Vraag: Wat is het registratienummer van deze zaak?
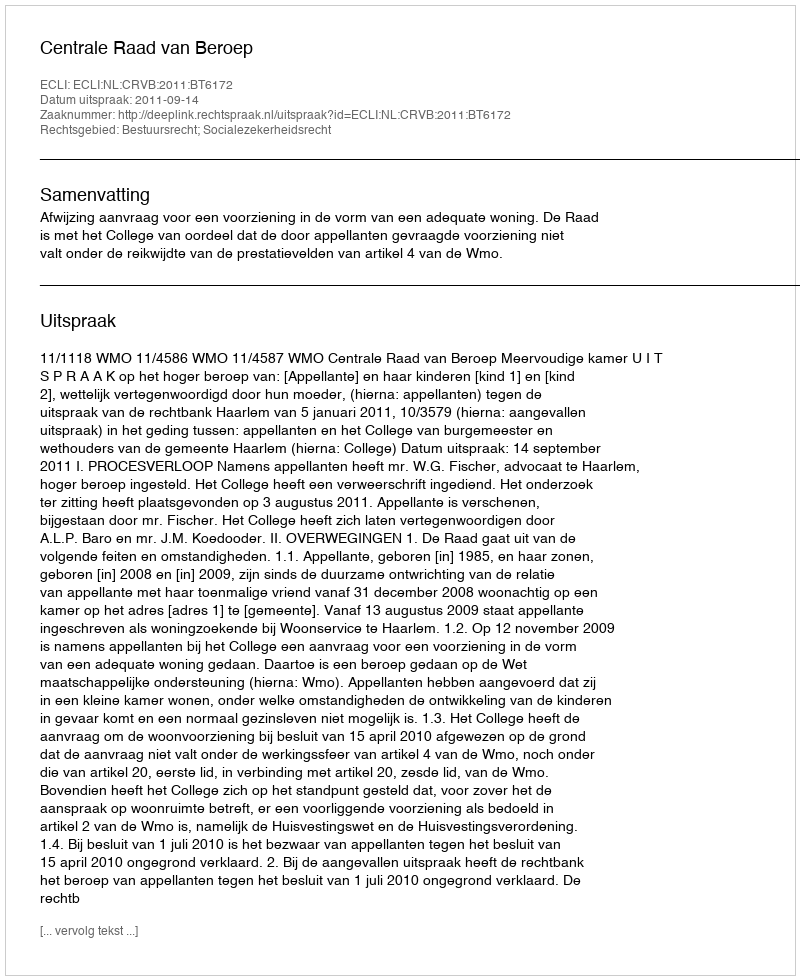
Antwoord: http://deeplink.rechtspraak.nl/uitspraak?id=ECLI:NL:CRVB:2011:BT6172